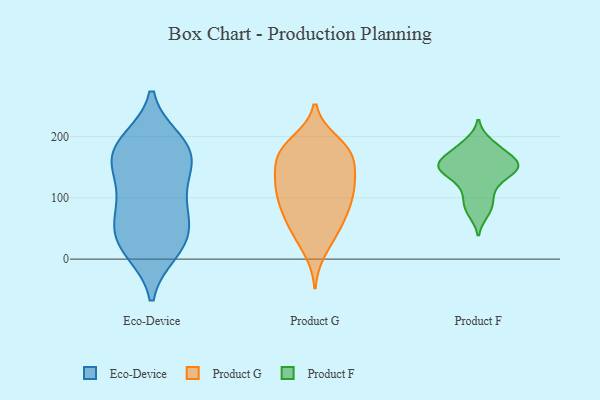
{"axis": {"x": "Customer Acquisition Cost (USD)", "y": "Value"}, "legend": ["Eco-Device", "Product F", "Product G"], "data": [{"x": "", "y": 175, "type": "Eco-Device"}, {"x": "", "y": 80, "type": "Eco-Device"}, {"x": "", "y": 30, "type": "Eco-Device"}, {"x": "", "y": 55, "type": "Eco-Device"}, {"x": "", "y": 138, "type": "Eco-Device"}, {"x": "", "y": 20, "type": "Eco-Device"}, {"x": "", "y": 14, "type": "Eco-Device"}, {"x": "", "y": 33, "type": "Eco-Device"}, {"x": "", "y": 148, "type": "Eco-Device"}, {"x": "", "y": 81, "type": "Eco-Device"}, {"x": "", "y": 161, "type": "Eco-Device"}, {"x": "", "y": 186, "type": "Eco-Device"}, {"x": "", "y": 101, "type": "Eco-Device"}, {"x": "", "y": 182, "type": "Eco-Device"}, {"x": "", "y": 192, "type": "Eco-Device"}, {"x": "", "y": 77, "type": "Product G"}, {"x": "", "y": 44, "type": "Product G"}, {"x": "", "y": 133, "type": "Product G"}, {"x": "", "y": 137, "type": "Product G"}, {"x": "", "y": 43, "type": "Product G"}, {"x": "", "y": 173, "type": "Product G"}, {"x": "", "y": 59, "type": "Product G"}, {"x": "", "y": 173, "type": "Product G"}, {"x": "", "y": 148, "type": "Product G"}, {"x": "", "y": 122, "type": "Product G"}, {"x": "", "y": 174, "type": "Product G"}, {"x": "", "y": 191, "type": "Product G"}, {"x": "", "y": 104, "type": "Product G"}, {"x": "", "y": 78, "type": "Product G"}, {"x": "", "y": 106, "type": "Product G"}, {"x": "", "y": 173, "type": "Product G"}, {"x": "", "y": 92, "type": "Product G"}, {"x": "", "y": 14, "type": "Product G"}, {"x": "", "y": 184, "type": "Product G"}, {"x": "", "y": 119, "type": "Product G"}, {"x": "", "y": 88, "type": "Product F"}, {"x": "", "y": 156, "type": "Product F"}, {"x": "", "y": 125, "type": "Product F"}, {"x": "", "y": 149, "type": "Product F"}, {"x": "", "y": 179, "type": "Product F"}, {"x": "", "y": 76, "type": "Product F"}, {"x": "", "y": 190, "type": "Product F"}, {"x": "", "y": 148, "type": "Product F"}, {"x": "", "y": 151, "type": "Product F"}, {"x": "", "y": 107, "type": "Product F"}, {"x": "", "y": 171, "type": "Product F"}, {"x": "", "y": 141, "type": "Product F"}, {"x": "", "y": 155, "type": "Product F"}]}